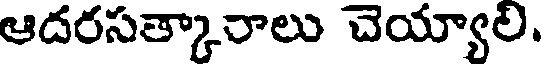
ఆదరసత్కారాలు చెయ్యాలి.